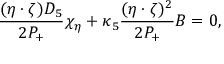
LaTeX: \frac { ( \eta \cdot \zeta ) D _ { 5 } } { 2 P _ { + } } \chi _ { \eta } + \kappa _ { 5 } \frac { ( \eta \cdot \zeta ) ^ { 2 } } { 2 P _ { + } } B = 0 ,